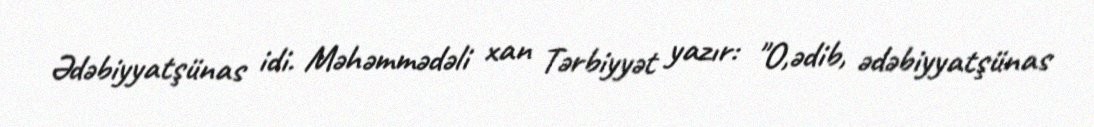
Ədəbiyyatşünas idi. Məhəmmədəli xan Tərbiyyət yazır: "O,ədib, ədəbiyyatşünas